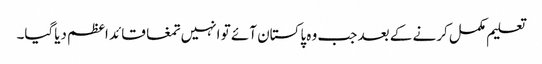
تعلیم مکمل کرنے کے بعد جب وہ پاکستان آئے تو انہیں تمغا قائد اعظم دیاگیا۔